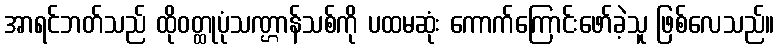
အာရင်ဘတ်သည် ထိုဝတ္ထုပုံသဏ္ဌာန်သစ်ကို ပထမဆုံး ကောက်ကြောင်းဖော်ခဲ့သူ ဖြစ်လေသည်။